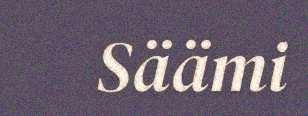
Säämi